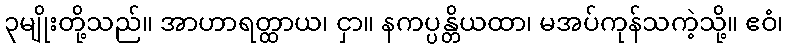
၃မျိုးတို့သည်။ အာဟာရတ္ထာယ၊ ငှာ။ နကပ္ပန္တိယထာ၊ မအပ်ကုန်သကဲ့သို့။ ဧဝံ၊